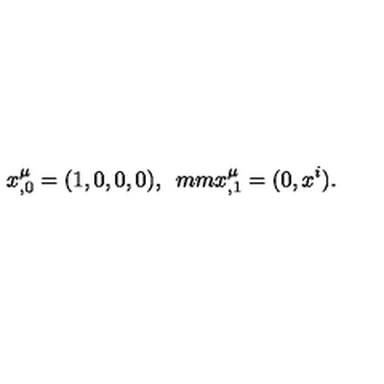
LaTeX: x _ { , 0 } ^ { \mu } = ( 1 , 0 , 0 , 0 ) , \hspace * { 5 m m } x _ { , 1 } ^ { \mu } = ( 0 , x ^ { i } ) .